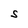
Character: S